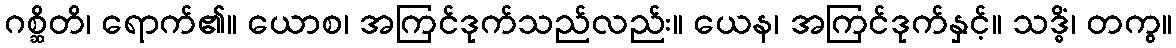
ဂစ္ဆိတိ၊ ရောက်၏။ ယောစ၊ အကြင်ဒုက်သည်လည်း။ ယေန၊ အကြင်ဒုက်နှင့်။ သဒ္ဓိံ၊ တကွ။